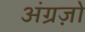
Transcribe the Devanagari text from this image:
अंग्रज़ो